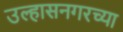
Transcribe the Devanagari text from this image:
उल्हासनगरच्या